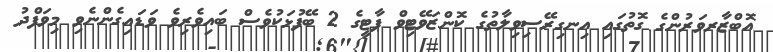
އޮބްޒާރވަރުންގެ ގޮތުގައި އިނގިރޭސިވިލާތުގެ ކޮންޒަވޭޓިވް ޕާޓީގެ 2 ބޭފުޅަކުވެސް ބައިވެރިވެ ވަޑައިގެންނެވި މިވަފްދު